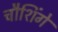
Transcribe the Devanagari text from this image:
चौशिंगे